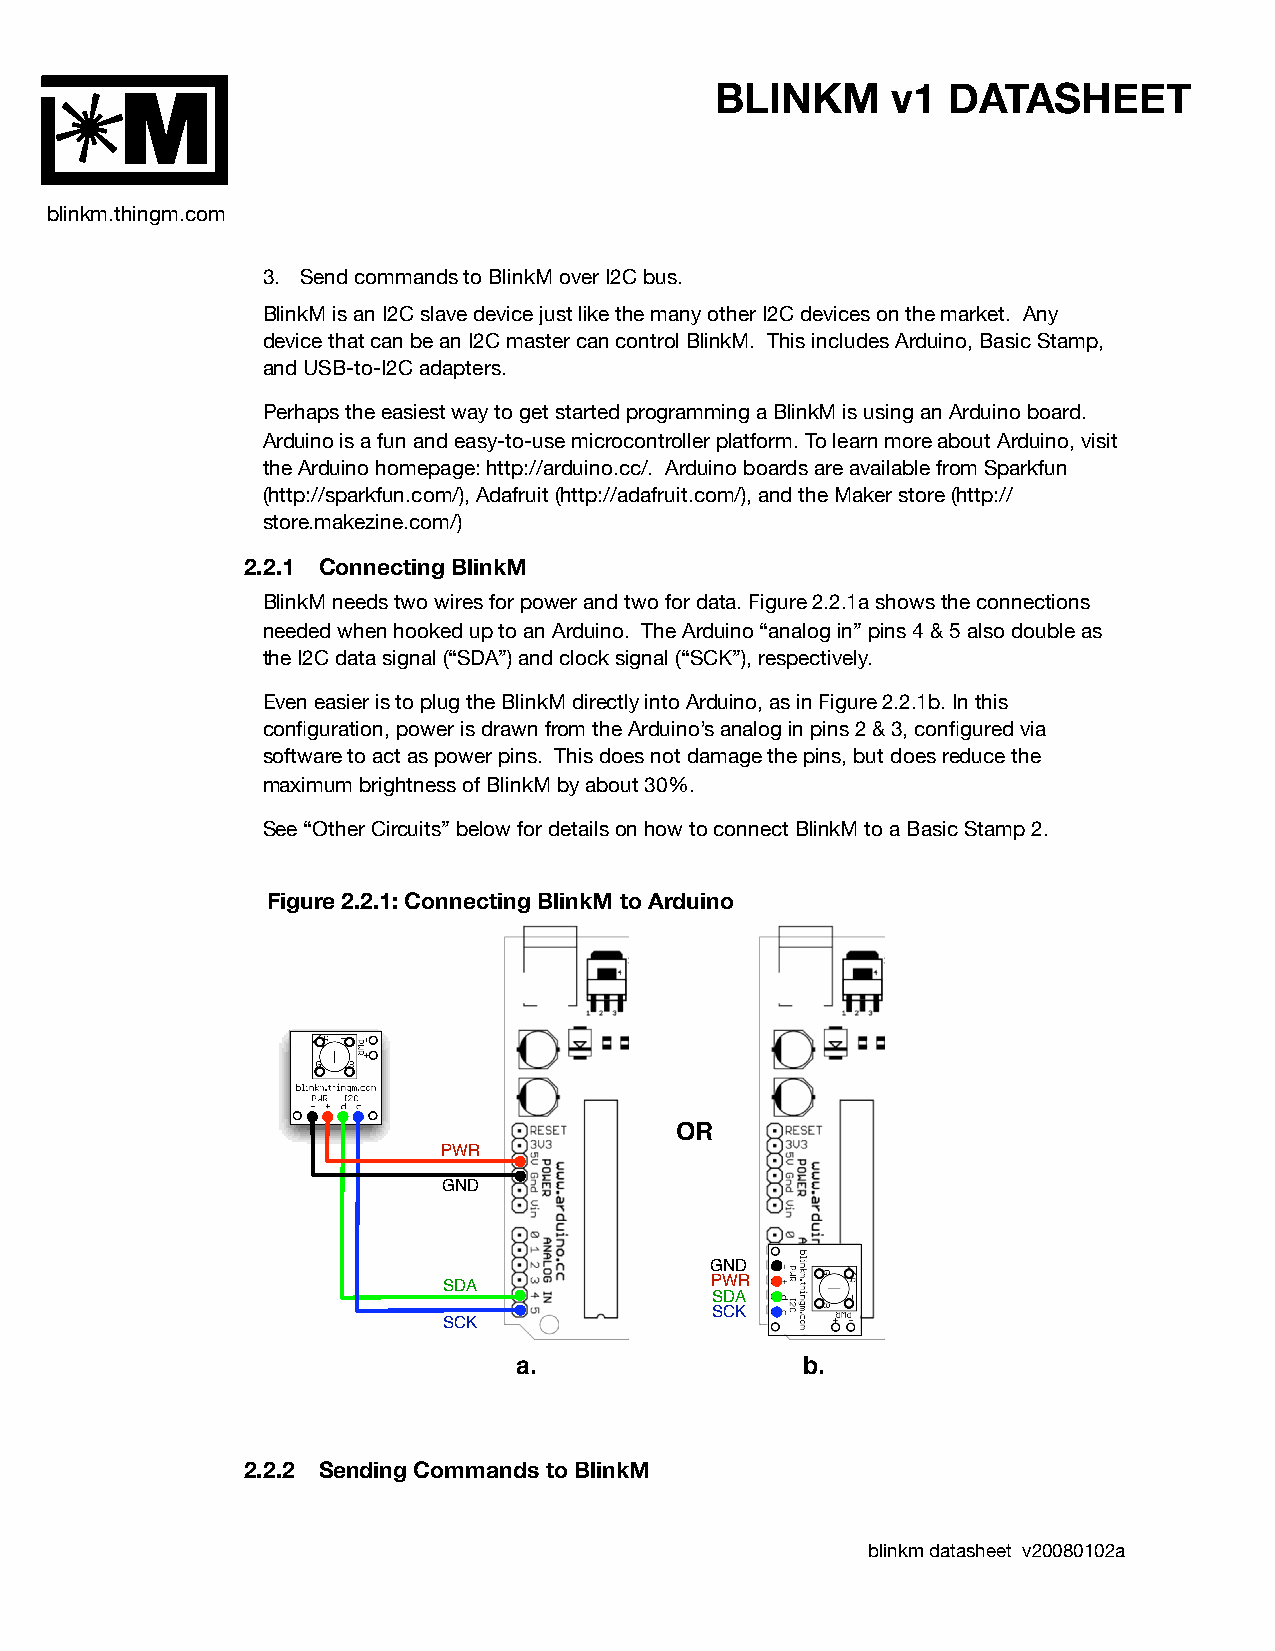
BLINKM      v1  DATASHEET
 M
 blinkm.thingm.com
 3. Send commands to BlinkM over I2C bus.
 BlinkM is an I2C slave device just like the many other I2C devices on the market. Any
 device that can be an I2C master can control BlinkM. This includes Arduino, Basic Stamp,
 and USB-to-I2C adapters.
 Perhaps the easiest way to get started programming a BlinkM is using an Arduino board.
 Arduino is a fun and easy-to-use microcontroller platform. To learn more about Arduino, visit
 the Arduino homepage: http://arduino.cc/. Arduino boards are available from Sparkfun
 (http://sparkfun.com/), Adafruit (http://adafruit.com/), and the Maker store (http://
 store.makezine.com/)
 2.2.1 Connecting BlinkM
 BlinkM needs two wires for power and two for data. Figure 2.2.1a shows the connections
 needed when hooked up to an Arduino. The Arduino “analog in” pins 4 & 5 also double as
 the I2C data signal (“SDA”) and clock signal (“SCK”), respectively.
 Even easier is to plug the BlinkM directly into Arduino, as in Figure 2.2.1b. In this
 configuration, power is drawn from the Arduino’s analog in pins 2 & 3, configured via
 software to act as power pins. This does not damage the pins, but does reduce the
 maximum brightness of BlinkM by about 30%.
 See “Other Circuits” below for details on how to connect BlinkM to a Basic Stamp 2.
 Figure 2.2.1: Connecting BlinkM to Arduino
 OR
 PWR
 GND
 GND
 SDA               PWR
 SDA
 SCK
 SCK
 a.                 b.
 2.2.2 Sending Commands to BlinkM
 blinkm datasheet v20080102a